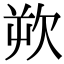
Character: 欮